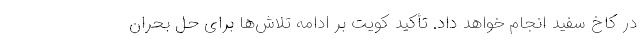
در کاخ سفید انجام خواهد داد. تأکید کویت بر ادامه تلاش‌ها برای حل بحران